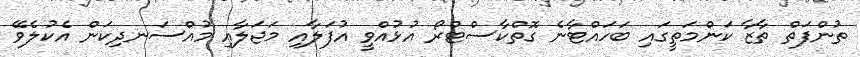
ތުންފަތް ތާޒާ ކަންމަތީގައި ބަހައްޓާނެ ގޮތްކާސްޓްރޯ އުޅުއްވީ އުފަލާއި މަޖަލާއި މުއްސަނދިކަން އެކުލެވޭ